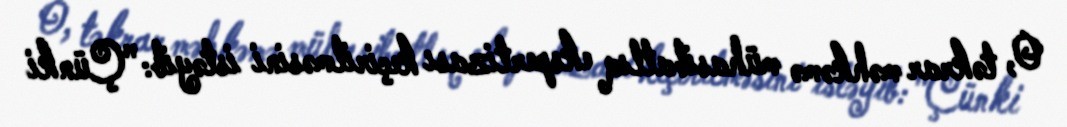
O, təkrar məhkəmə mühasibatlıq ekspertizası keçirilməsini istəyib: "Çünki